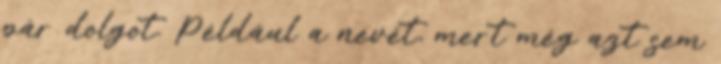
pár dolgot. Például a nevét, mert még azt sem